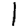
Digit: 1